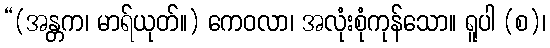
“(အန္တက၊ မာရ်ယုတ်။) ကေဝလာ၊ အလုံးစုံကုန်သော။ ရူပါ (စ)၊